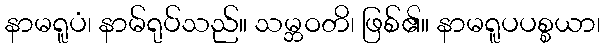
နာမရူပံ၊ နာမ်ရုပ်သည်။ သမ္ဘဝတိ၊ ဖြစ်၏။ နာမရူပပစ္စယာ၊